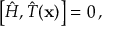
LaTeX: \left[ { \hat { H } } , { \hat { T } } ( \mathbf { x } ) \right] = 0 \, ,